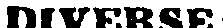
DIVERSE